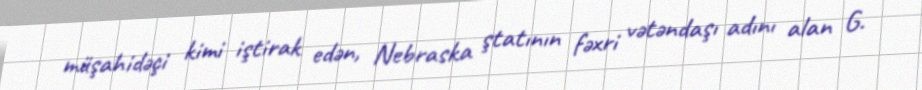
müşahidəçi kimi iştirak edən, Nebraska ştatının fəxri vətəndaşı adını alan G.